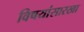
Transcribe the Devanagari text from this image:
विषयांसारखा